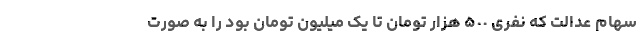
سهام عدالت که نفری ۵٠٠ هزار تومان تا یک میلیون تومان بود را به صورت